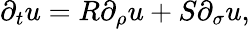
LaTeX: \partial_{t}u=R\partial_{\rho}u+S\partial_{\sigma}u,